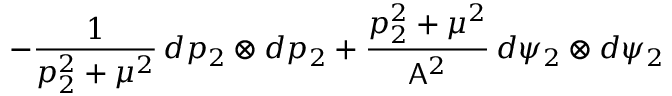
- \frac { 1 } { p _ { 2 } ^ { 2 } + \mu ^ { 2 } } \, d p _ { 2 } \otimes d p _ { 2 } + \frac { p _ { 2 } ^ { 2 } + \mu ^ { 2 } } { \mathsf { A } ^ { 2 } } \, d \psi _ { 2 } \otimes d \psi _ { 2 }